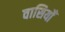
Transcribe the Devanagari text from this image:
वासियोँ